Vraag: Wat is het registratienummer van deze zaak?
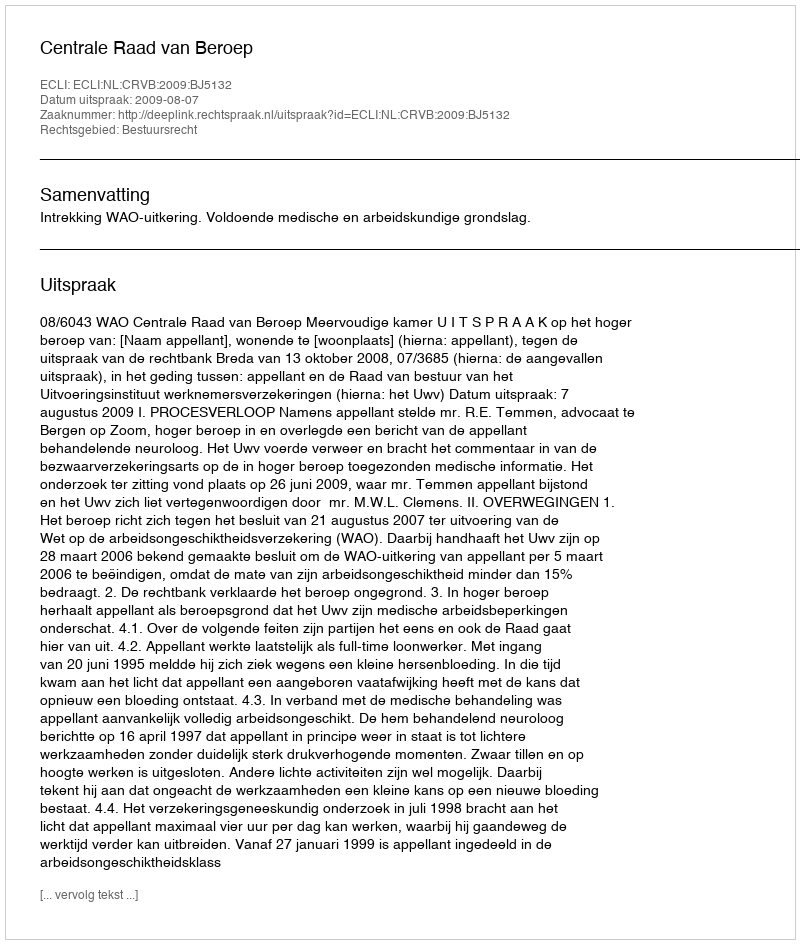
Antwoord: http://deeplink.rechtspraak.nl/uitspraak?id=ECLI:NL:CRVB:2009:BJ5132